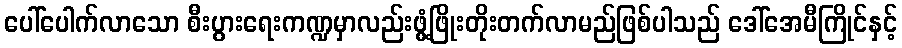
ပေါ်ပေါက်လာသော စီးပွားရေးကဏ္ဍမှာလည်းဖွံ့ဖြိုးတိုးတက်လာမည်ဖြစ်ပါသည် ဒေါ်အေမီကြိုင်နှင့်